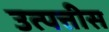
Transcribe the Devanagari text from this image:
उत्पत्तीस